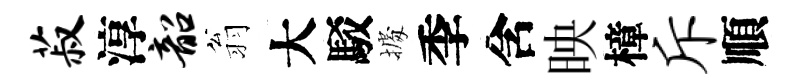
菽淳韶翁大駁𢴃季含映樟斥順